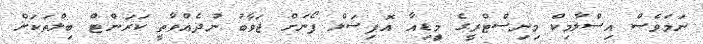
ނަމަވެސް އިސްލާމިކް މިނިސްޓްރީގެ މީިޑިއާ އޮފިޝަލް ފޯނަށް ޖަވާބު ނުދެއްވާތީ ކަރަންޓް ބިލްތަކަށް